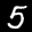
Label: 5